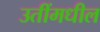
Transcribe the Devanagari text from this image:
उतींमधील